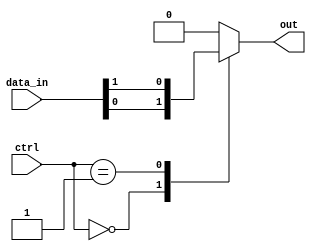
module mux_1024to1 (
  input [1023:0] data_in,
  input [9:0] ctrl,
  output reg out
);

always @(*)
begin
  case(ctrl)
    10'd0: out = data_in[0];
    10'd1: out = data_in[1];
    // Repeat for all 1024 input signals
    // 10'd1023: out = data_in[1023];
    default: out = 0; // default output value when control signal is out of range
  endcase
end

endmodule